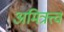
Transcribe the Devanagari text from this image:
अमित्रत्त्व